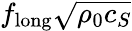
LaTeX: f_{\mathrm{long}}\sqrt{\rho_{0}c_{S}}